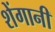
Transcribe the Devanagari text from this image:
शेंगानी